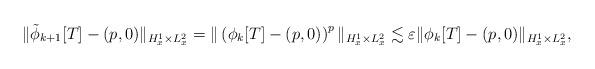
LaTeX: \begin{gather*} \|\tilde \phi_{k+1}[T]- (p, 0)\|_{H^1_x\times L^2_x}= \|\left(\phi_k[T]- (p, 0)\right)^p\|_{H^1_x\times L^2_x}\lesssim \varepsilon \|\phi_k[T]- (p, 0)\|_{H^1_x\times L^2_x},\end{gather*}